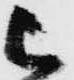
被